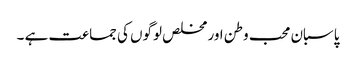
پاسبان محب وطن اور مخلص لوگوں کی جماعت ہے ۔